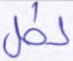
لكل